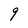
Character: 9